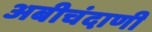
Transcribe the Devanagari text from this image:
अबीचंदाणी